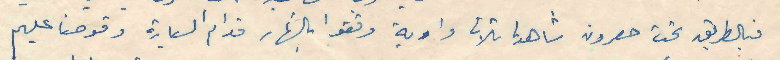
فبالطريق تحت خصرون شاهدنا ثلاث واوية وقفوا بالنهار قدام السيارة وقوصنا عليهم